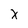
Character: x